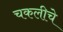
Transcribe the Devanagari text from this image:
चकलीचे